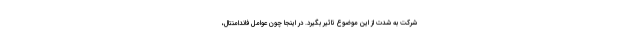
شرکت به شدت از این موضوع تاثیر بگیرد. در اینجا چون عوامل فاندامنتال،